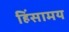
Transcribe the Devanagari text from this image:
हिंसामय